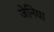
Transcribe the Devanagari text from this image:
जेनिया